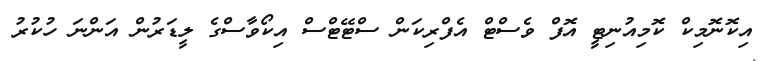
އިކޮނޮމިކް ކޮމިއުނިޓީ އޮފް ވެސްޓް އެފްރިކަން ސްޓޭޓްސް އިކޯވާސްގެ ލީޑަރުން އަންނަ ހުކުރު